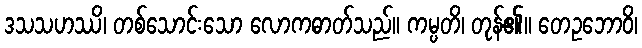
ဒသသဟဿိ၊ တစ်သောင်းသော လောကဓာတ်သည်။ ကမ္ပတိ၊ တုန်၏။ တေဥဘောဝိ၊